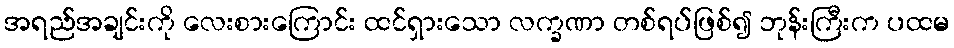
အရည်အချင်းကို လေးစားကြောင်း ထင်ရှားသော လက္ခဏာ တစ်ရပ်ဖြစ်၍ ဘုန်းကြီးက ပထမ